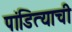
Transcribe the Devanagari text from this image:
पांडित्याची